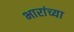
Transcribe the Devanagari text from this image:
भारांच्या